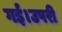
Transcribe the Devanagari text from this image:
गई।उपरी